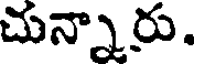
చున్నారు.